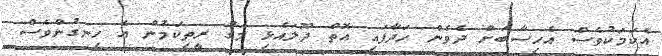
އެކަމަކުވެސް އެހިސާބަށް ދެވެން ހަދާފައި އޮތް ދޫލައެޅި މަގު ރީތިކަމުން އެ ހިނގުންވެސް